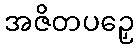
အဇိတပဉှေ